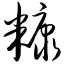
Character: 糠